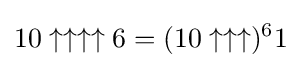
10\uparrow \uparrow \uparrow \uparrow 6=(10\uparrow \uparrow \uparrow )^{6}1